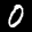
Label: 0